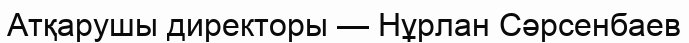
Атқарушы директоры — Нұрлан Сәрсенбаев